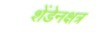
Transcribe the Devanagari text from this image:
शेंडेनक्षत्र